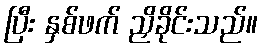
ပြီး နှစ်ဖက် ညှိခိုင်းသည်။